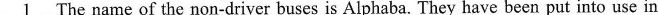
\underline{1}The name of the non-driver buses is Alphaba. They have been put into use in